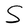
Character: S